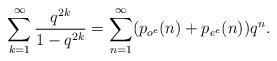
LaTeX: \begin{align*} \sum_{k=1}^\infty \frac{q^{2k}}{1-q^{2k}}=\sum_{n=1}^{\infty} (p_{o^e}(n)+p_{e^e}(n)) q^n.\end{align*}